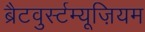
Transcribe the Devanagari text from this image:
ब्रैटवुर्स्टम्यूज़ियम